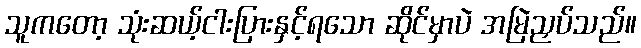
သူကတော့ သုံးဆယ့်ငါးပြားနှင့်ရသော ဆိုင်မှာပဲ အမြဲညှပ်သည်။